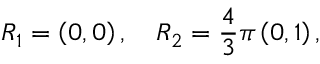
R _ { 1 } = \left( 0 , 0 \right) , \quad R _ { 2 } = \frac { 4 } { 3 } \pi \left( 0 , 1 \right) ,